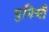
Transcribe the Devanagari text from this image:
पुनियाँ